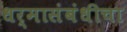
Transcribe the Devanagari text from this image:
धर्मासंबंधीचा